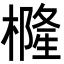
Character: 𭬇